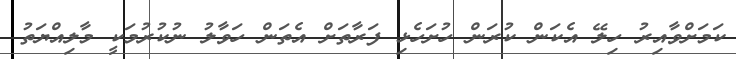
ކަމަށްވާއިރު ހިލޭ އެކަން ކުރަން ހުށަހެޅި ފަރާތަށް އެތަން ހަވާލު ނުކުރުމަކީ މާލިއްޔަތު